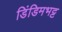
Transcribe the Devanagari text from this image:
डिंडिमभट्ट